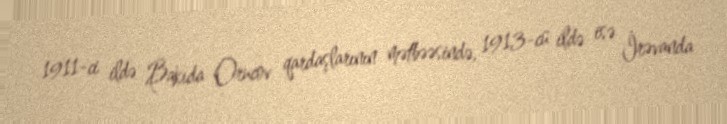
1911-ci ildə Bakıda Orucov qardaşlarının mətbəəsində, 1913-cü ildə isə İrəvanda